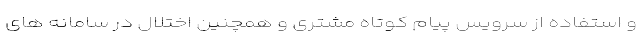
و استفاده از سرویس پیام کوتاه مشتری و همچنین اختلال در سامانه های